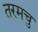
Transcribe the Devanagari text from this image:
तरमचु